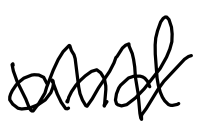
Text: and
Cross-out: mix
Writing tool: digital_black